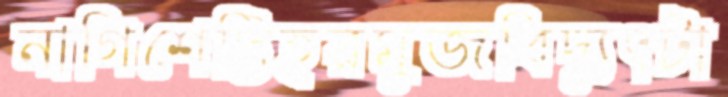
নাগিশেট্টিহরমুজবিদ্যুৎটা